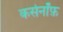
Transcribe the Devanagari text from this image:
कर्सनॉफ़